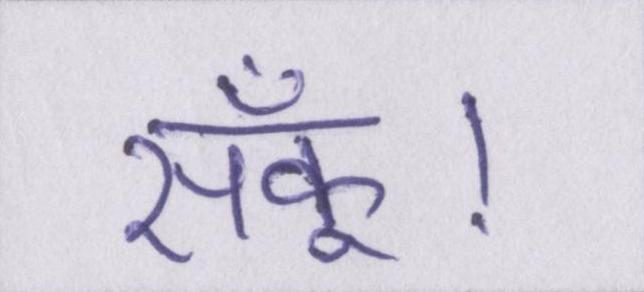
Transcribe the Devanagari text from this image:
सकूँ।